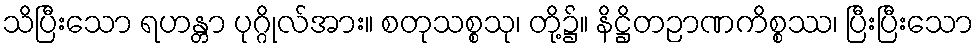
သိပြီးသော ရဟန္တာ ပုဂ္ဂိုလ်အား။ စတုသစ္စသု၊ တို့၌။ နိဋ္ဌိတဉာဏကိစ္စဿ၊ ပြီးပြီးသော